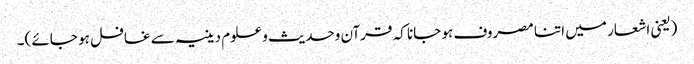
(یعنی اشعار میں اتنا مصروف ہو جانا کہ قرآن وحدیث و علوم دینیہ سے غافل ہو جائے )۔